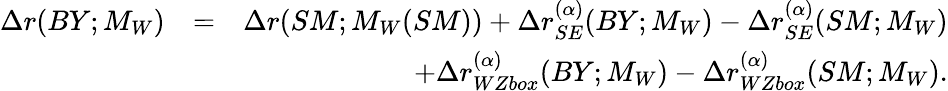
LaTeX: \begin{array}{rlr}{\Delta r(BY;M_{W})}&{=}&{\Delta r(SM;M_{W}(SM))+\Delta r_{SE}^{(\alpha)}(BY;M_{W})-\Delta r_{SE}^{(\alpha)}(SM;M_{W})}\\ &{}&{+\Delta r_{WZbox}^{(\alpha)}(BY;M_{W})-\Delta r_{WZbox}^{(\alpha)}(SM;M_{W}).}\end{array}